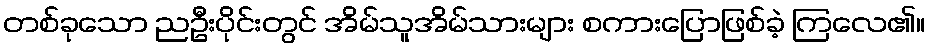
တစ်ခုသော ညဦးပိုင်းတွင် အိမ်သူအိမ်သားများ စကားပြောဖြစ်ခဲ့ ကြလေ၏။